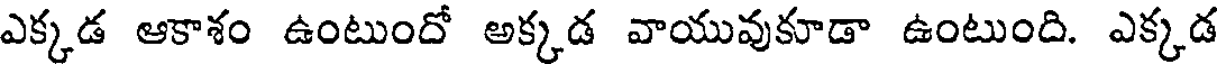
ఎక్కడ ఆకాశం ఉంటుందో అక్కడ వాయువుకూడా ఉంటుంది. ఎక్కడ